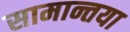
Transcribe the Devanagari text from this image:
सामान्तया